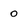
Character: o